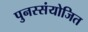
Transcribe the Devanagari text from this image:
पुनस्संयोजित